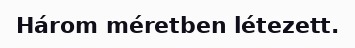
Három méretben létezett.